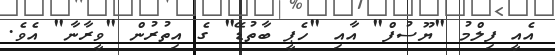
އެއީ ފިލްމު "ޔޫސުފް" އާއި "ހެޕީ ބާތުޑޭ" ގެ އިތުރުން "ވީރާނާ" އެވެ.